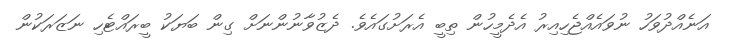
އަނެއްދުވަހު ނުވައެއްޖެހިއިރު އެދެމީހުން ތިބީ އެރަށުގައެވެ. ދެޒުވާނުންނަށް ގިން ބަޔަކު ބީރައްޓެހި ނަޒަރަކުން